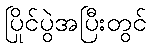
ပြိုင်ပွဲအပြီးတွင်